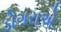
ડોગરાએ